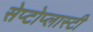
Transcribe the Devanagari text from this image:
सेप्टोप्लास्टी